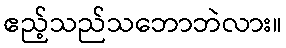
ဧည့်သည်သဘောဘဲလား။